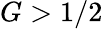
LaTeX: G>1/2